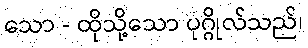
သော - ထိုသို့သော ပုဂ္ဂိုလ်သည်၊